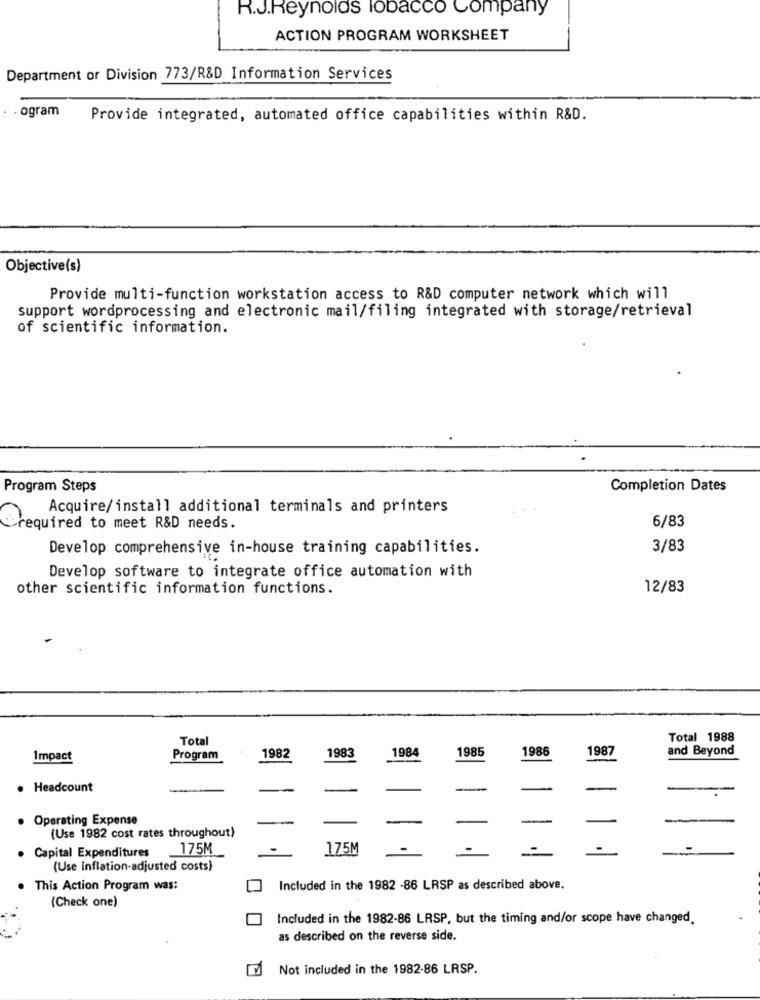
R.J.Reynolds lobacco Company
ACTION PROGRAM WORKSHEET
Department or Division 773/R&D Information Services
. ogram
Provide integrated, automated office capabilities within R&D.
Objective(s)
Provide multi-function workstation access to R&D computer network which will
support wordprocessing and electronic mail/filing integrated with storage/retrieval
of scientific information.
Program Steps
Completion Dates
Acquire/install additional terminals and printers
6/83
required to meet R&D needs.
Develop comprehensive in-house training capabilities.
3/83
Develop software to integrate office automation with
other scientific information functions.
12/83
Total
Total 1988
1984
1985
1986
1987
and Beyond
Impact
Program
1982
1983
. Headcount
Operating Expense
(Use 1982 cost rates throughout)
·Capital Expenditures
175M
175M
(Use inflation-adjusted costs)
. This Action Program was:
Included in the 1982 -86 LRSP as described above.
(Check one)
Included in the 1982-86 LRSP, but the timing and/or scope have changed.
as described on the reverse side.
Not included in the 1982-86 LRSP.